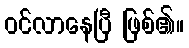
ဝင်လာနေပြီ ဖြစ်၏။